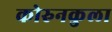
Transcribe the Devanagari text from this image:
कोरुनकुला